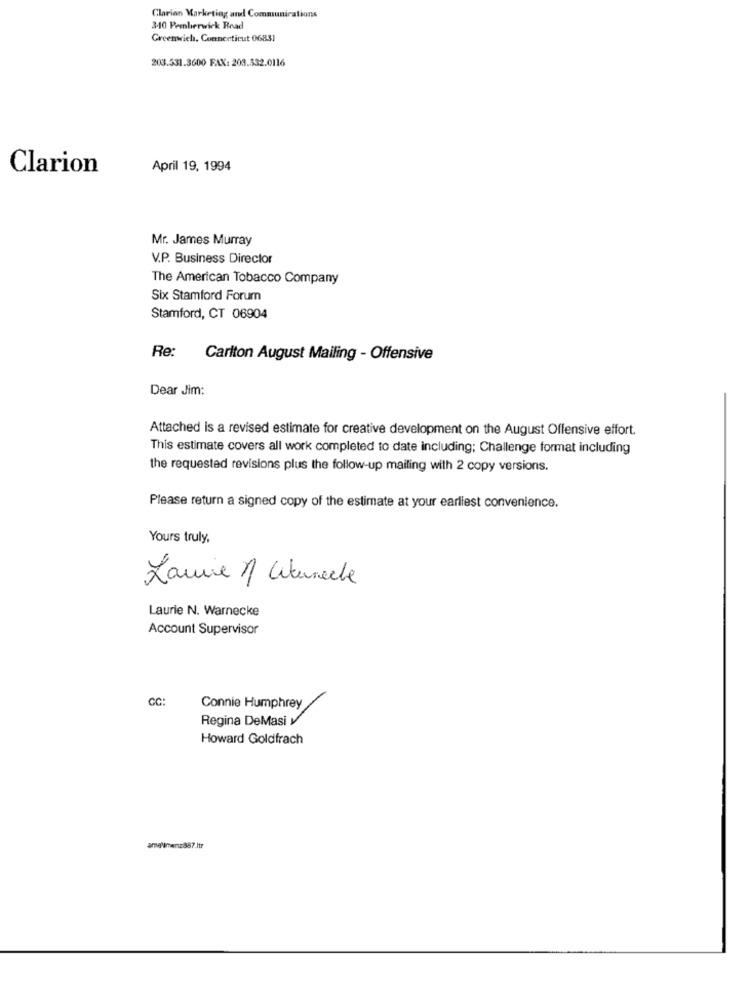
Clarion Marketing and Communications
340 Pemlerwick Road
Greenwich, Connecticut 06831
203.531.3600 FAX: 203.332.0116
Clarion
April 19, 1994
Mr. James Murray
V.P. Business Director
The American Tobacco Company
Six Stamford Forum
Stamford, CT 06904
Re:
Carlton August Mailing - Offensive
Dear Jim:
Attached is a revised estimate for creative development on the August Offensive effort.
This estimate covers all work completed to date including; Challenge format including
the requested revisions plus the follow-up mailing with 2 copy versions.
Please return a signed copy of the estimate at your earliest convenience.
Yours truly,
Laurie / Cituneche
Laurie N. Warnecke
Account Supervisor
CC:
Connie Humphrey
Regina DeMasi y
Howard Goldfrach
anewmenz887.ltr